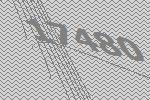
17480